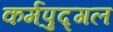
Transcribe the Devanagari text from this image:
कर्मपुद्गल